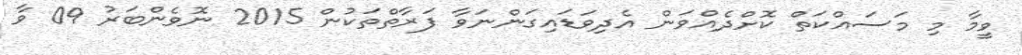
ވީމާ މި މަސައްކަތް ކޮށްދެއްވަން އެދިވަޑައިގަންނަވާ ފަރާތްތަކުން 2015 ނޮވެންބަރު 09 ވާ